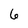
Character: 6